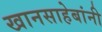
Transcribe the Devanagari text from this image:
खानसाहेबांनी